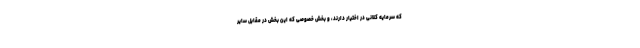
که سرمایه کلانی در اختیار دارند، و بخش خصوصی که این بخش در مقابل سایر